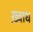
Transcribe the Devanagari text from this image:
ख़्वाध